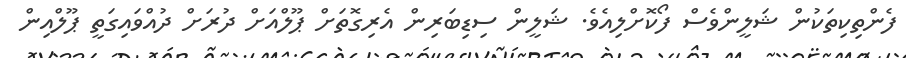
ފެންތިކިތަކުން ޝަލީންވެސް ފޯކޮށްލިއެވެ. ޝަލީން ސިޑިބަރިން އެރިގޮތަށް ޕޫލްއަށް ދުރަށް ދުއްވައިގަތީ ޕޫލްއިން